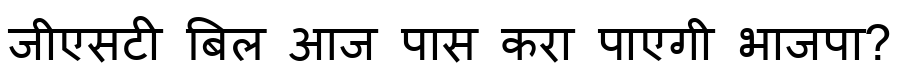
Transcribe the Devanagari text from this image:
जीएसटी बिल आज पास करा पाएगी भाजपा?